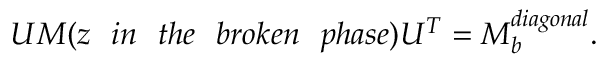
U M ( z \ \ i n \ \ t h e \ \ b r o k e n \ \ p h a s e ) U ^ { T } = M _ { b } ^ { d i a g o n a l } .